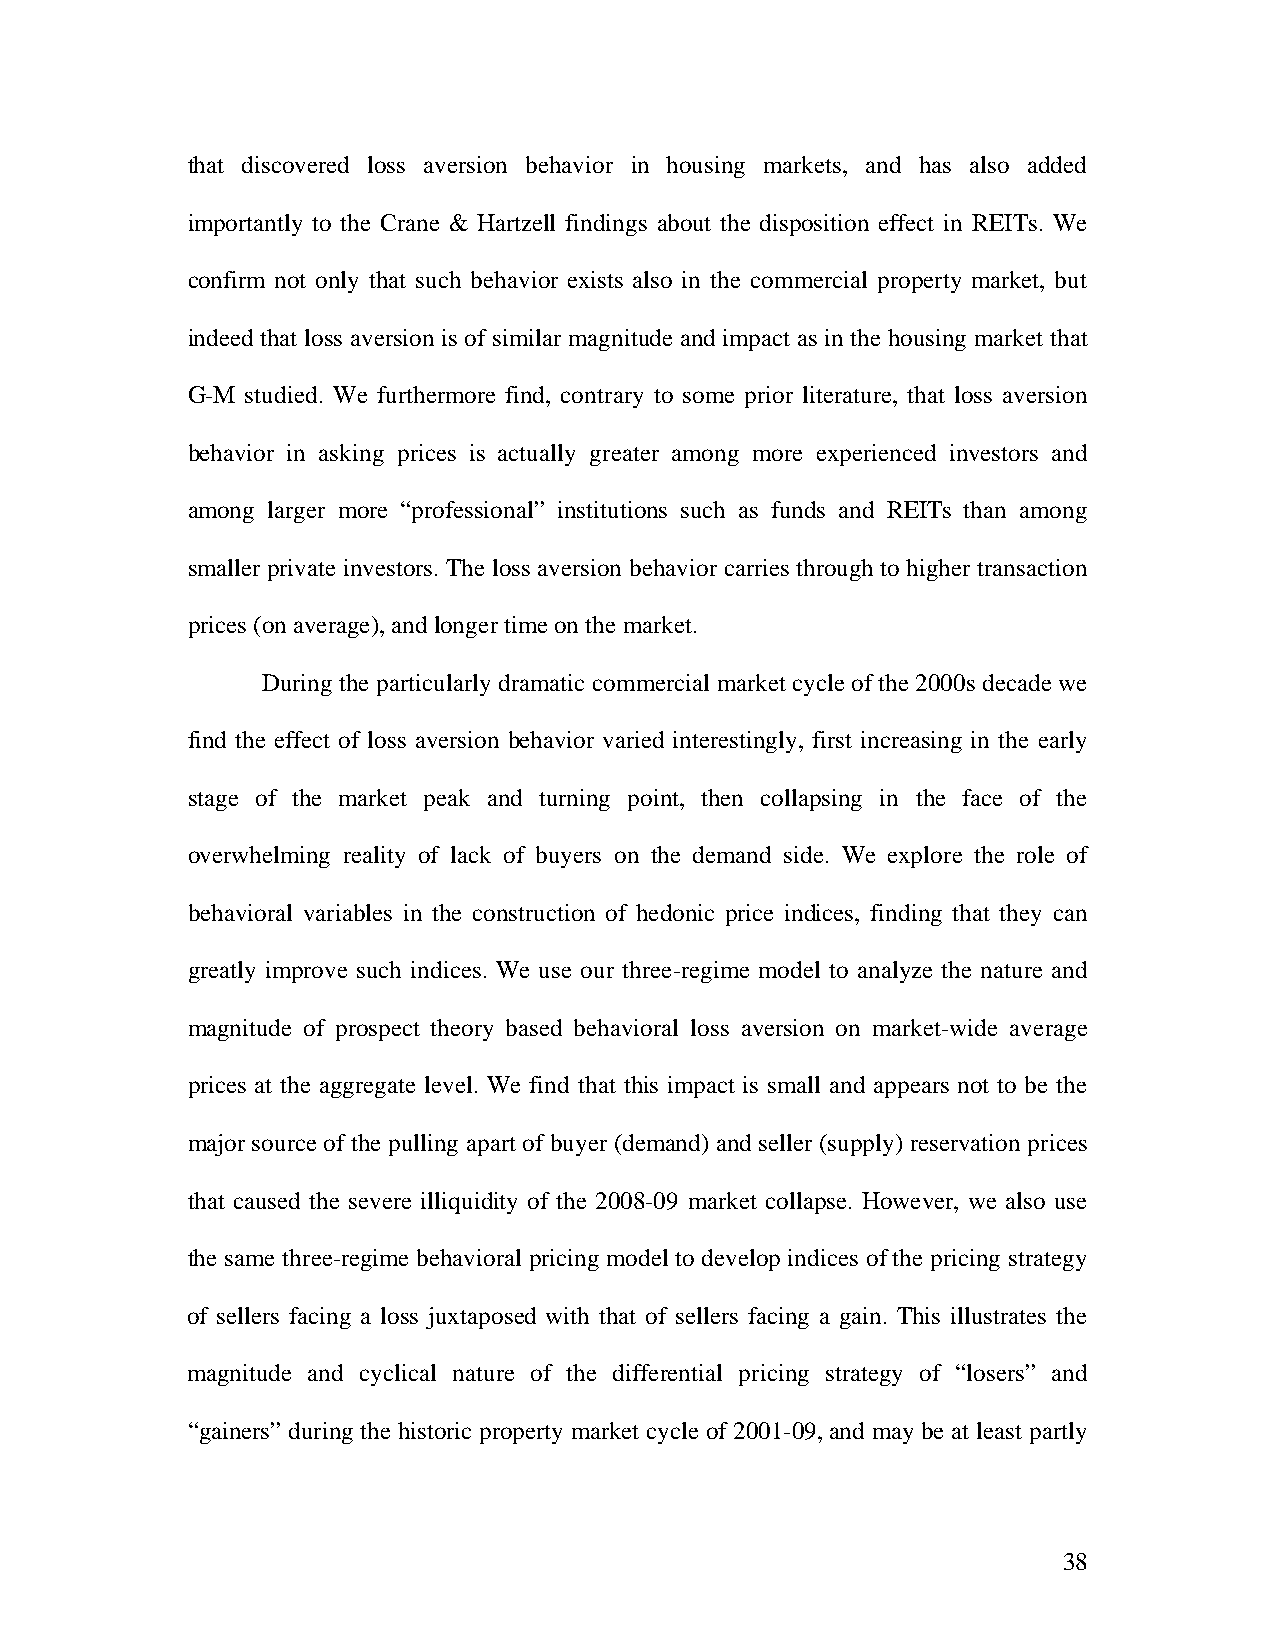
that discovered loss aversion behavior in housing markets, and has also added
 importantly to the Crane & Hartzell findings about the disposition effect in REITs. We
 confirm not only that such behavior exists also in the commercial property market, but
 indeed that loss aversion is of similar magnitude and impact as in the housing market that
 G-M studied. We furthermore find, contrary to some prior literature, that loss aversion
 behavior in asking prices is actually greater among more experienced investors and
 among larger more “professional” institutions such as funds and REITs than among
 smaller private investors. The loss aversion behavior carries through to higher transaction
 prices (on average), and longer time on the market.
 During the particularly dramatic commercial market cycle of the 2000s decade we
 find the effect of loss aversion behavior varied interestingly, first increasing in the early
 stage of the market peak and turning point, then collapsing in the face of the
 overwhelming reality of lack of buyers on the demand side. We explore the role of
 behavioral variables in the construction of hedonic price indices, finding that they can
 greatly improve such indices. We use our three-regime model to analyze the nature and
 magnitude of prospect theory based behavioral loss aversion on market-wide average
 prices at the aggregate level. We find that this impact is small and appears not to be the
 major source of the pulling apart of buyer (demand) and seller (supply) reservation prices
 that caused the severe illiquidity of the 2008-09 market collapse. However, we also use
 the same three-regime behavioral pricing model to develop indices of the pricing strategy
 of sellers facing a loss juxtaposed with that of sellers facing a gain. This illustrates the
 magnitude and cyclical nature of the differential pricing strategy of “losers” and
 “gainers” during the historic property market cycle of 2001-09, and may be at least partly
 38